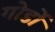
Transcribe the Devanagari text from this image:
गोर्डो